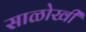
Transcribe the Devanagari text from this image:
साळोखी